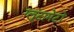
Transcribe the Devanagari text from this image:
ग्लूटामेटों